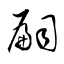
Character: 嗣